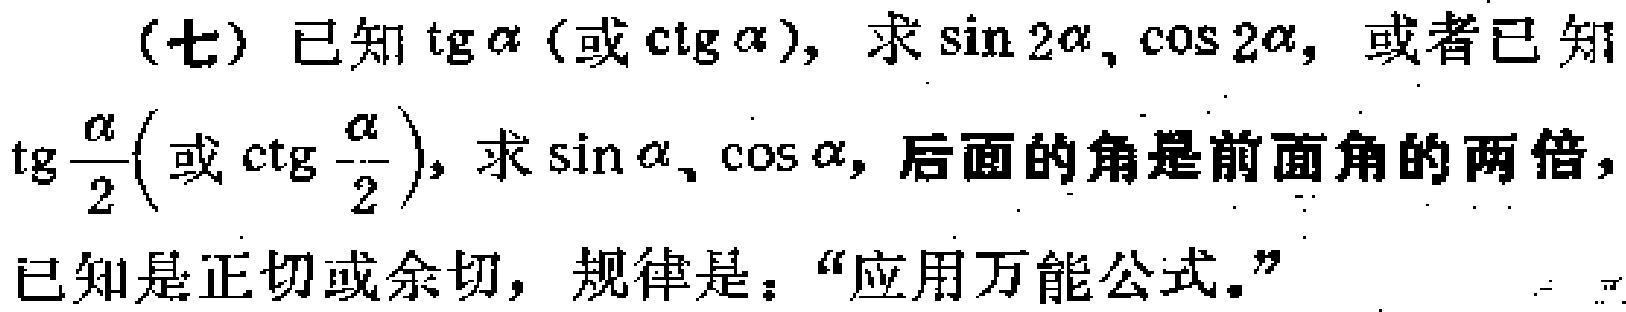
(七) 已知$\mathrm{tg}\alpha$ (或$\mathrm{ctg}\alpha$), 求$\sin 2\alpha,\cos 2\alpha$, 或者已知$\mathrm{tg}\frac{\alpha}{2}\left(\right.$或$\mathrm{ctg}\frac{\alpha}{2}\left.\right)$, 求$\sin\alpha、\cos\alpha$, 后面的角是前面角的两倍, 已知是正切或余切, 规律是：“应用万能公式。”